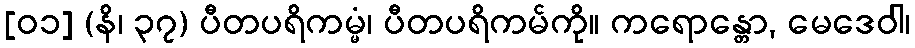
[၀၁] (နိ၊ ၃၇) ပီတပရိကမ္မံ၊ ပီတပရိကမ်ကို။ ကရောန္တော, မေဒေဝါ၊